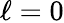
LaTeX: \ell=0